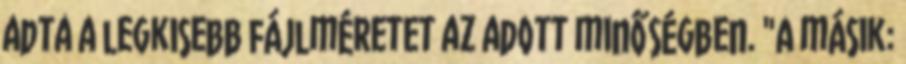
adta a legkisebb fájlméretet az adott minőségben. "A másik: